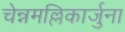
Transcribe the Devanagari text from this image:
चेन्नमल्लिकार्जुना